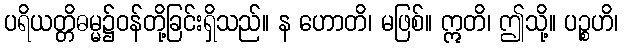
ပရိယတ္တိဓမ္မ၌ဝန်တို့ခြင်းရှိသည်။ န ဟောတိ၊ မဖြစ်။ ဣတိ၊ ဤသို့။ ပဉ္စဟိ၊